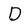
Character: D